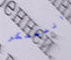
المعسكر